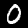
Label: 0